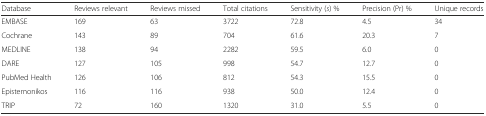
<table><thead><tr><td><b>Database</b></td><td><b>Reviews relevant</b></td><td><b>Reviews missed</b></td><td><b>Total citations</b></td><td><b>Sensitivity (<i>s</i>) %</b></td><td><b>Precision (Pr) %</b></td><td><b>Unique records</b></td></tr></thead><tbody><tr><td>EMBASE</td><td>169</td><td>63</td><td>3722</td><td>72.8</td><td>4.5</td><td>34</td></tr><tr><td>Cochrane</td><td>143</td><td>89</td><td>704</td><td>61.6</td><td>20.3</td><td>7</td></tr><tr><td>MEDLINE</td><td>138</td><td>94</td><td>2282</td><td>59.5</td><td>6.0</td><td>0</td></tr><tr><td>DARE</td><td>127</td><td>105</td><td>998</td><td>54.7</td><td>12.7</td><td>0</td></tr><tr><td>PubMed Health</td><td>126</td><td>106</td><td>812</td><td>54.3</td><td>15.5</td><td>0</td></tr><tr><td>Epistemonikos</td><td>116</td><td>116</td><td>938</td><td>50.0</td><td>12.4</td><td>0</td></tr><tr><td>TRIP</td><td>72</td><td>160</td><td>1320</td><td>31.0</td><td>5.5</td><td>0</td></tr></tbody></table>